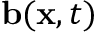
\mathbf { b } ( \mathbf { x } , t )